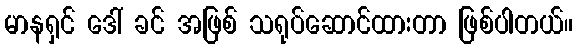
မာနရှင် ဒေါ် ခင် အဖြစ် သရုပ်ဆောင်ထားတာ ဖြစ်ပါတယ်။